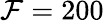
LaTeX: \mathcal{F}=200